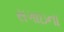
સગાઇના